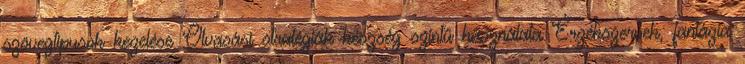
szövegtípusok kezelése Olvasási stratégiák készség szintű használata Érzékszervek, fantázia